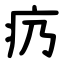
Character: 疓